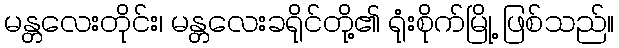
မန္တလေးတိုင်း၊ မန္တလေးခရိုင်တို့၏ ရုံးစိုက်မြို့ ဖြစ်သည်။